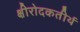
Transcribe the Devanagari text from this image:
क्षीरोदकतीर्थ